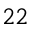
^ { 2 2 }